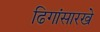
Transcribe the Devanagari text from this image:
ढिगांसारखे